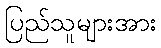
ပြည်သူများအား